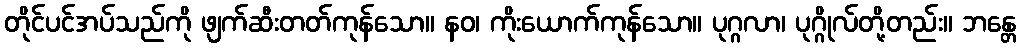
တိုင်ပင်အပ်သည်ကို ဖျက်ဆီးတတ်ကုန်သော။ နဝ၊ ကိုးယောက်ကုန်သော။ ပုဂ္ဂလာ၊ ပုဂ္ဂိုလ်တို့တည်း။ ဘန္တေ